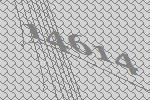
14614